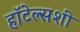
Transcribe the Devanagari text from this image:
हॉटेल्सशी